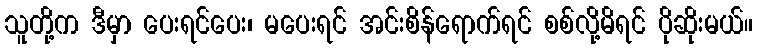
သူတို့က ဒီမှာ ပေးရင်ပေး၊ မပေးရင် အင်းစိန်ရောက်ရင် စစ်လို့မိရင် ပိုဆိုးမယ်။